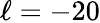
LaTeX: \ell=-20